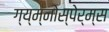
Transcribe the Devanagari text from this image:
ग्य्म्नोस्पेर्म्स